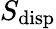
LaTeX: S_{\mathrm{disp}}